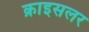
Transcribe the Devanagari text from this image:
क्राइसलर